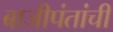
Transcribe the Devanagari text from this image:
बाजीपंतांची